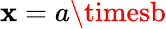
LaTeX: \mathbf{x}=a\timesb